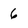
Character: 6